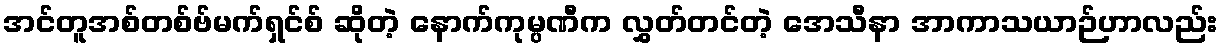
အင်တူအစ်တစ်ဗ်မက်ရှင်စ် ဆိုတဲ့ နောက်ကုမ္ပဏီက လွှတ်တင်တဲ့ အေသီနာ အာကာသယာဉ်ဟာလည်း